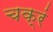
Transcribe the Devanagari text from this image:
चक्रं